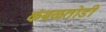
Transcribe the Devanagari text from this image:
कंबळतोडी